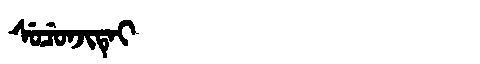
Manchu: ᠰᡠᠴᡠᠨᠵᡳᡨᡝᡳ
Romanization: SUCUNJITEI